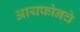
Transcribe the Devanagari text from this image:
आयफोनचे